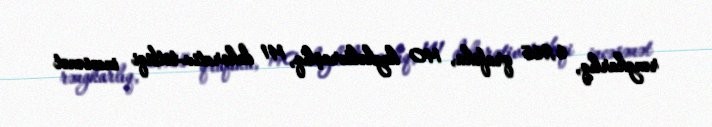
rəngkarlıq, 6,965 qrafika, 140 heykəltəraşlıq, 141 dekorativ-tətbiqi incəsənət